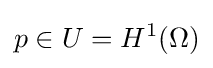
p\in U=H^{1}(\Omega )